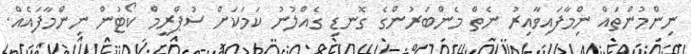
ނިންމުންތައް ނިްމާފައިވާއިރު ނެތް މެންބަރުންގެ ގޮނޑި ގެއްލުނު ކަމަކަށް ސުޕްރީމް ކޯޓުން ނިންމާފައެއް.